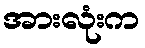
အားလုံးက